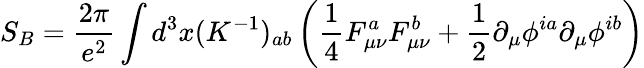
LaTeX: S_{B}=\frac{2\pi}{e^{2}}\int d^{3}x(K^{-1})_{ab}\left(\frac{1}{4}F_{\mu\nu}^{a}F_{\mu\nu}^{b}+\frac{1}{2}\partial_{\mu}\phi^{ia}\partial_{\mu}\phi^{ib}\right)